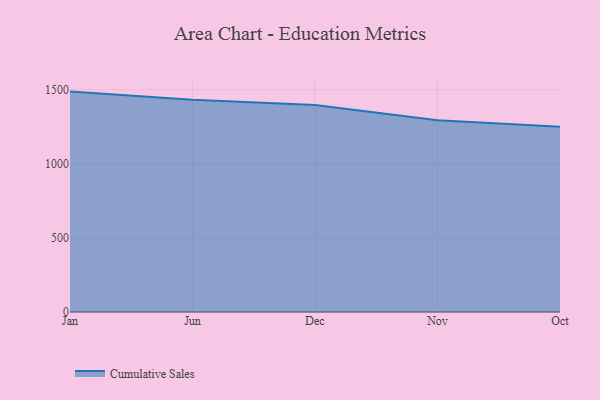
{"axis": {"x": "Month", "y": "Bounce Rate (%)"}, "legend": ["Cumulative Sales"], "data": [{"x": "Jan", "y": 1487.6, "type": "Cumulative Sales"}, {"x": "Jun", "y": 1432.0, "type": "Cumulative Sales"}, {"x": "Dec", "y": 1396.9, "type": "Cumulative Sales"}, {"x": "Nov", "y": 1293.8, "type": "Cumulative Sales"}, {"x": "Oct", "y": 1250.2, "type": "Cumulative Sales"}]}